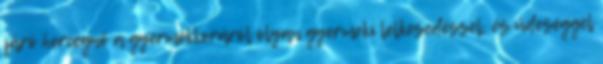
járó hercegnő a gyermekkoráról olyan gyermeki lelkesedéssel, és üdeséggel